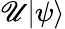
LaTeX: \mathscr{U}|\psi\rangle